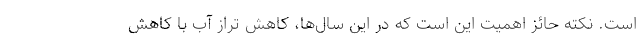
است. نکته حائز اهمیت این است که در این سال‌ها، کاهش تراز آب با کاهش